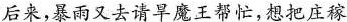
后来，暴雨又去请旱魔王帮忙，想把庄稼